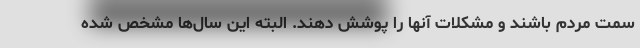
سمت مردم باشند و مشکلات آنها را پوشش دهند. البته این سال‌ها مشخص شده